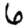
Digit: 6